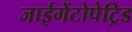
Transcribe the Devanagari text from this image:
जाईगेंटोपेट्रिड